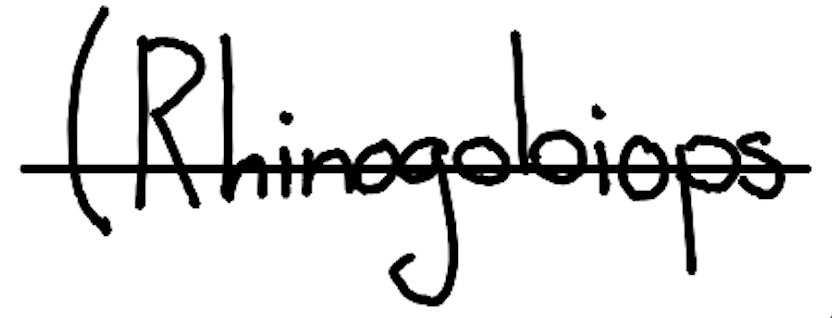
Text: (Rhinogobiops
Cross-out: single-line
Writing tool: digital_black